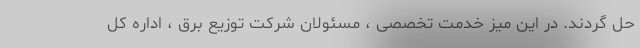
حل گردند. در این میز خدمت تخصصی ، مسئولان شرکت توزیع برق ، اداره کل